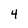
Character: 4